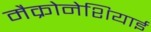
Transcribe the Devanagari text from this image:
मैक्रोनेशियाई